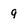
Character: q